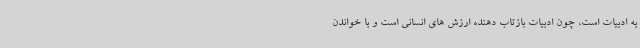
به ادبیات است، چون ادبیات بازتاب دهنده ارزش های انسانی است و با خواندن